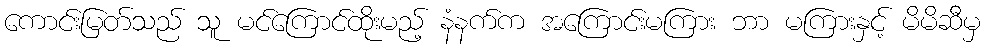
ကောင်းမြတ်သည် သူ မင်ကြောင်ထိုးမည့် နံနက်က အကြောင်းမကြား ဘာ မကြားနှင့် မိမိဆီမှ